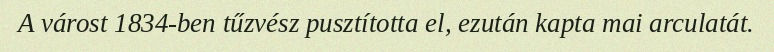
A várost 1834-ben tűzvész pusztította el, ezután kapta mai arculatát.